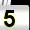
Digit: 5